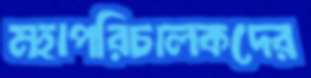
মহাপরিচালকদের